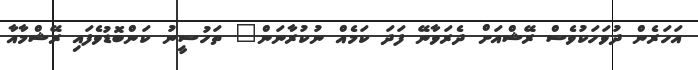
އަހަރެން ދުވަހަކުވެސް ރޭޝްއަށް ދެރަވާނޭ ފަދަ ކަމެއް ނުކުރާނަން" ތަހުސީނު ކަންބޮޑުވެފައި ރޭޝްމާއާ